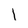
Character: l